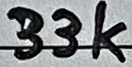
Text: 33K